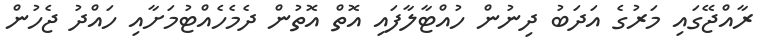
ރާއްޖޭގައި މަރުގެ އަދަބު ދިނުން ހުއްޓާލާފައި އޮތް އޮތުން ދެމެހެއްޓުމަށާއި ހައްދު ޖެހުން